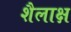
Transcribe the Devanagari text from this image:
शैलाक्ष